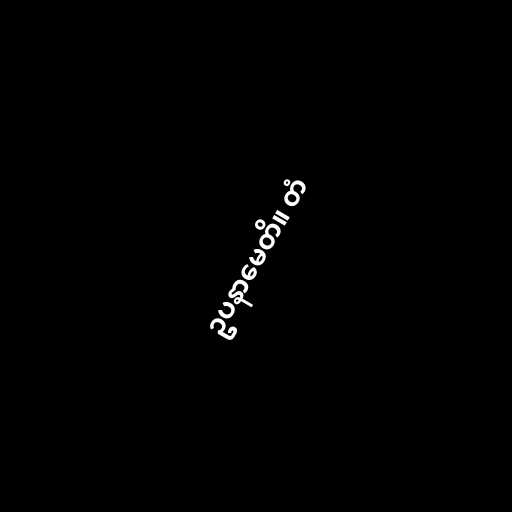
ဥပနာမေတိ။ တံ